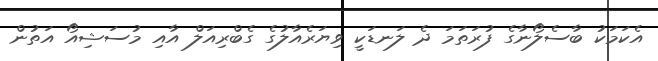
އެކަމަކު ބާސެލޯނާގެ ފުރަތަމަ ދެ ލަނޑަކީ ވިޔަރެއާލުގެ ގެބްރިއަލް އާއި މުސަޝިއޯ އަތުން